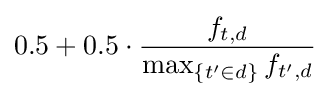
0.5+0.5\cdot {\frac {f_{t,d}}{\max _{\{t'\in d\}}{f_{t',d}}}}